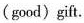
(good)gift.